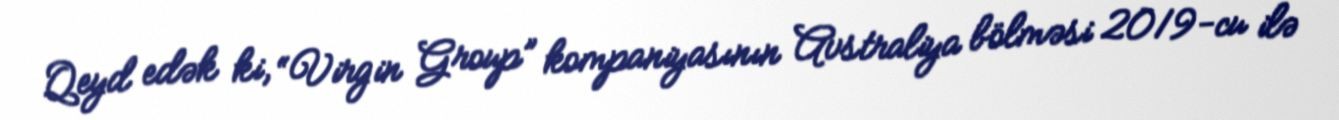
Qeyd edək ki, “Virgin Group” kompaniyasının Avstraliya bölməsi 2019-cu ilə